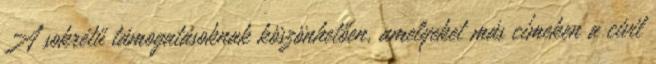
A sokrétű támogatásoknak köszönhetően, amelyeket más címeken a civil